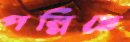
পল্লিতে